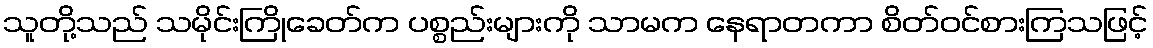
သူတို့သည် သမိုင်းကြိုခေတ်က ပစ္စည်းများကို သာမက နေရာတကာ စိတ်ဝင်စားကြသဖြင့်